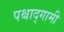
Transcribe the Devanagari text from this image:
पश्चाद्गामी